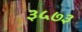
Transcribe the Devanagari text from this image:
३५७३